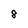
Character: 8